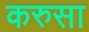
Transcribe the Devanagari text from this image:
करुसा